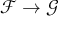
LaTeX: { \mathcal { F } } \to { \mathcal { G } }